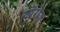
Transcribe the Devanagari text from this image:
स्पॅरोज्